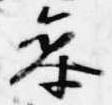
参